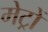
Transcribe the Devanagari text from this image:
मेट्रों